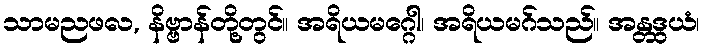
သာမညဖလ, နိဗ္ဗာန်တို့တွင်။ အရိယမဂ္ဂေါ၊ အရိယမဂ်သည်။ အန္တဒွယံ၊